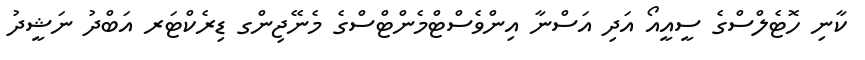
ކާނި ހޮޓެލްސްގެ ސީއީއޯ އަދި އަސްނާ އިންވެސްޓްމެންޓްސްގެ މެނޭޖިންގ ޑިރެކްޓަރ އަބްދު ނަޝީދު